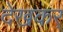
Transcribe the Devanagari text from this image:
देखकर्